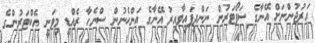
އަރުޖުންނަށް އޭނާގެ ސަޕޯޓަރުން ނަންދީފައިވާއިރު އޭނާގެ އަންހެނުން ސްނެހާ ރެއްޑީ މިވަނީ އެކްޓަރުންގެ